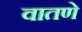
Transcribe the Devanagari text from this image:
वातणे